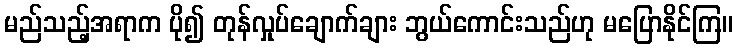
မည်သည့်အရာက ပို၍ တုန်လှုပ်ချောက်ချား ဘွယ်ကောင်းသည်ဟု မပြောနိုင်ကြ။